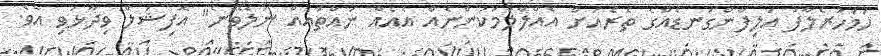
ހަމަހުރެލާފަ އަލިފާންގަނޑެއްގެ ތެރެއަށް އެއްލާލުމަކުންނެއް އެއެއް ނައްތައެއް ނުލެވޭނެ" އޮފިޝަލް ވިދާޅުވި އެވެ.